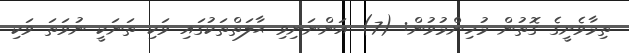
ތިމާވެށީގެ ގޮތުން މުހިންމުވުން: (7) އަންނަނިވި ޙާލަތްތަކުގައި ވަކި ތަނަކީ ނުވަތަ ވަކި